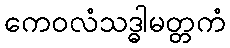
ကေဝလံသဒ္ဓါမတ္တကံ